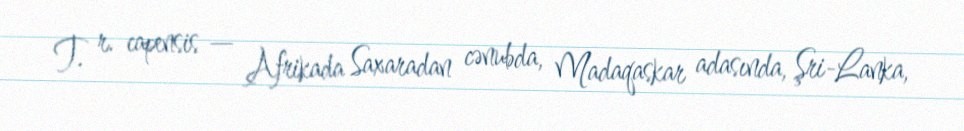
T. r. capensis — Afrikada Saxaradan cənubda, Madaqaskar adasında, Şri-Lanka,